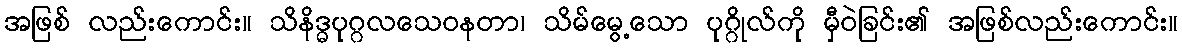
အဖြစ် လည်းကောင်း။ သိနိဒ္ဓပုဂ္ဂလသေဝနတာ၊ သိမ်မွေ့သော ပုဂ္ဂိုလ်ကို မှီဝဲခြင်း၏ အဖြစ်လည်းကောင်း။